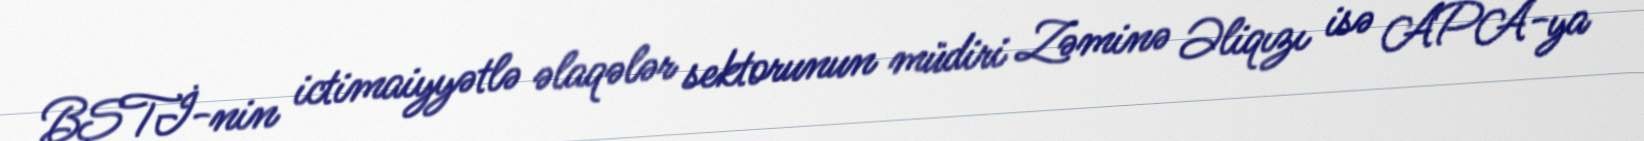
BŞTİ-nin ictimaiyyətlə əlaqələr sektorunun müdiri Zəminə Əliqızı isə APA-ya